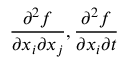
\frac { \partial ^ { 2 } f } { \partial x _ { i } \partial x _ { j } } , \frac { \partial ^ { 2 } f } { \partial x _ { i } \partial t }